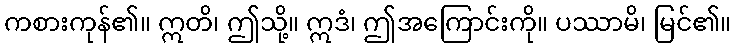
ကစားကုန်၏။ ဣတိ၊ ဤသို့။ ဣဒံ၊ ဤအကြောင်းကို။ ပဿာမိ၊ မြင်၏။